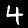
Digit: 4